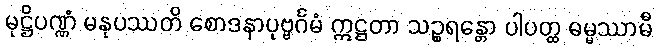
မုဋ္ဌိပဏ္ဏံ မနုပဿတိ စောဒနာပုဗ္ဗင်္ဂမံ ဣဋ္ဌတာ သဉ္စရန္တော ပါပတ္ထ ဓမ္မဿာမီ